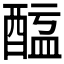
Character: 𨡖